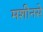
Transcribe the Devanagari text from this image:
मशीनसे